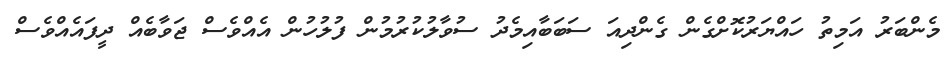
މެންބަރު އަމިތު ހައްޔަރުކޮށްގެން ގެންދިއަ ސަބަބާއިމެދު ސުވާލުކުރުމުން ފުލުހުން އެއްވެސް ޖަވާބެއް ދީފައެއްވެސް